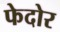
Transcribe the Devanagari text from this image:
फेदोर